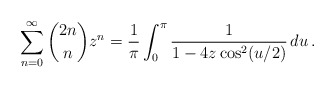
\begin{align*}\sum_{n=0}^\infty \binom{2n}n z^n = \frac1\pi \int_0^\pi \frac{1}{1-4z\cos^2(u/2)}\,du\,.\end{align*}